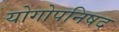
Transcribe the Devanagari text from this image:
योगोपनिषद